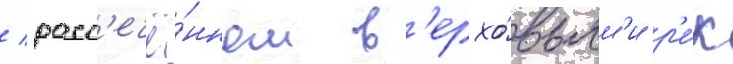
/ расс'ечё́нном в'ерхо́вьям'и р'е́к